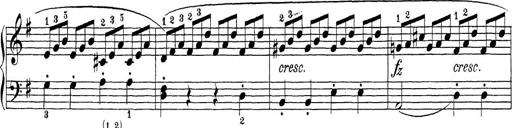
Title: Sonatina Album
Composer: Louis KÃ¶hler